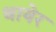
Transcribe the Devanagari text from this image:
थायेर